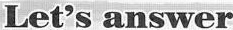
Let's answer